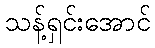
သန့်ရှင်းအောင်